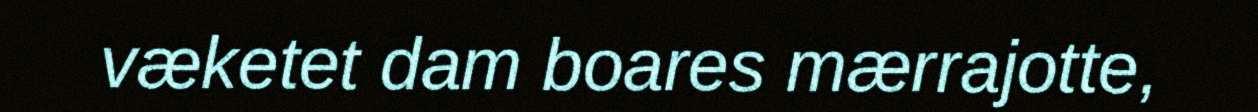
væketet dam boares mærrajotte,